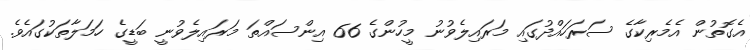
އެގޮތުން އެމެރިކާގެ ސަރަހައްދުގައި މަރައިލެވުނު މީހުންގެ 66 އިންސައްތަ މަރައިލެވުނީ ބަޑީގެ ހަމަލާތަކުގައެވެ.